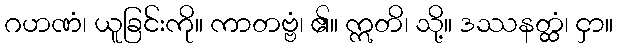
ဂဟဏံ၊ ယူခြင်းကို။ ကာတဗ္ဗံ၊ ၏။ ဣတိ၊ သို့။ ဒဿနတ္ထံ၊ ငှာ။